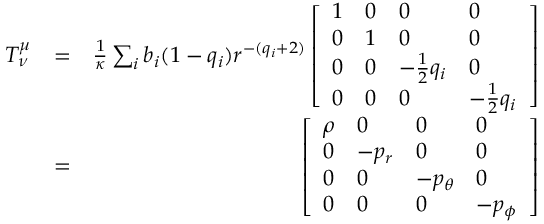
\begin{array} { r l r } { T _ { \nu } ^ { \mu } } & { = } & { \frac { 1 } { \kappa } \sum _ { i } b _ { i } ( 1 - q _ { i } ) r ^ { - ( q _ { i } + 2 ) } \left[ \begin{array} { l l l l } { 1 } & { 0 } & { 0 } & { 0 } \\ { 0 } & { 1 } & { 0 } & { 0 } \\ { 0 } & { 0 } & { - \frac { 1 } { 2 } q _ { i } } & { 0 } \\ { 0 } & { 0 } & { 0 } & { - \frac { 1 } { 2 } q _ { i } } \end{array} \right] } \\ & { = } & { \left[ \begin{array} { l l l l } { \rho } & { 0 } & { 0 } & { 0 } \\ { 0 } & { - p _ { r } } & { 0 } & { 0 } \\ { 0 } & { 0 } & { - p _ { \theta } } & { 0 } \\ { 0 } & { 0 } & { 0 } & { - p _ { \phi } } \end{array} \right] } \end{array}